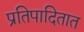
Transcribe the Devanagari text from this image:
प्रतिपादितात